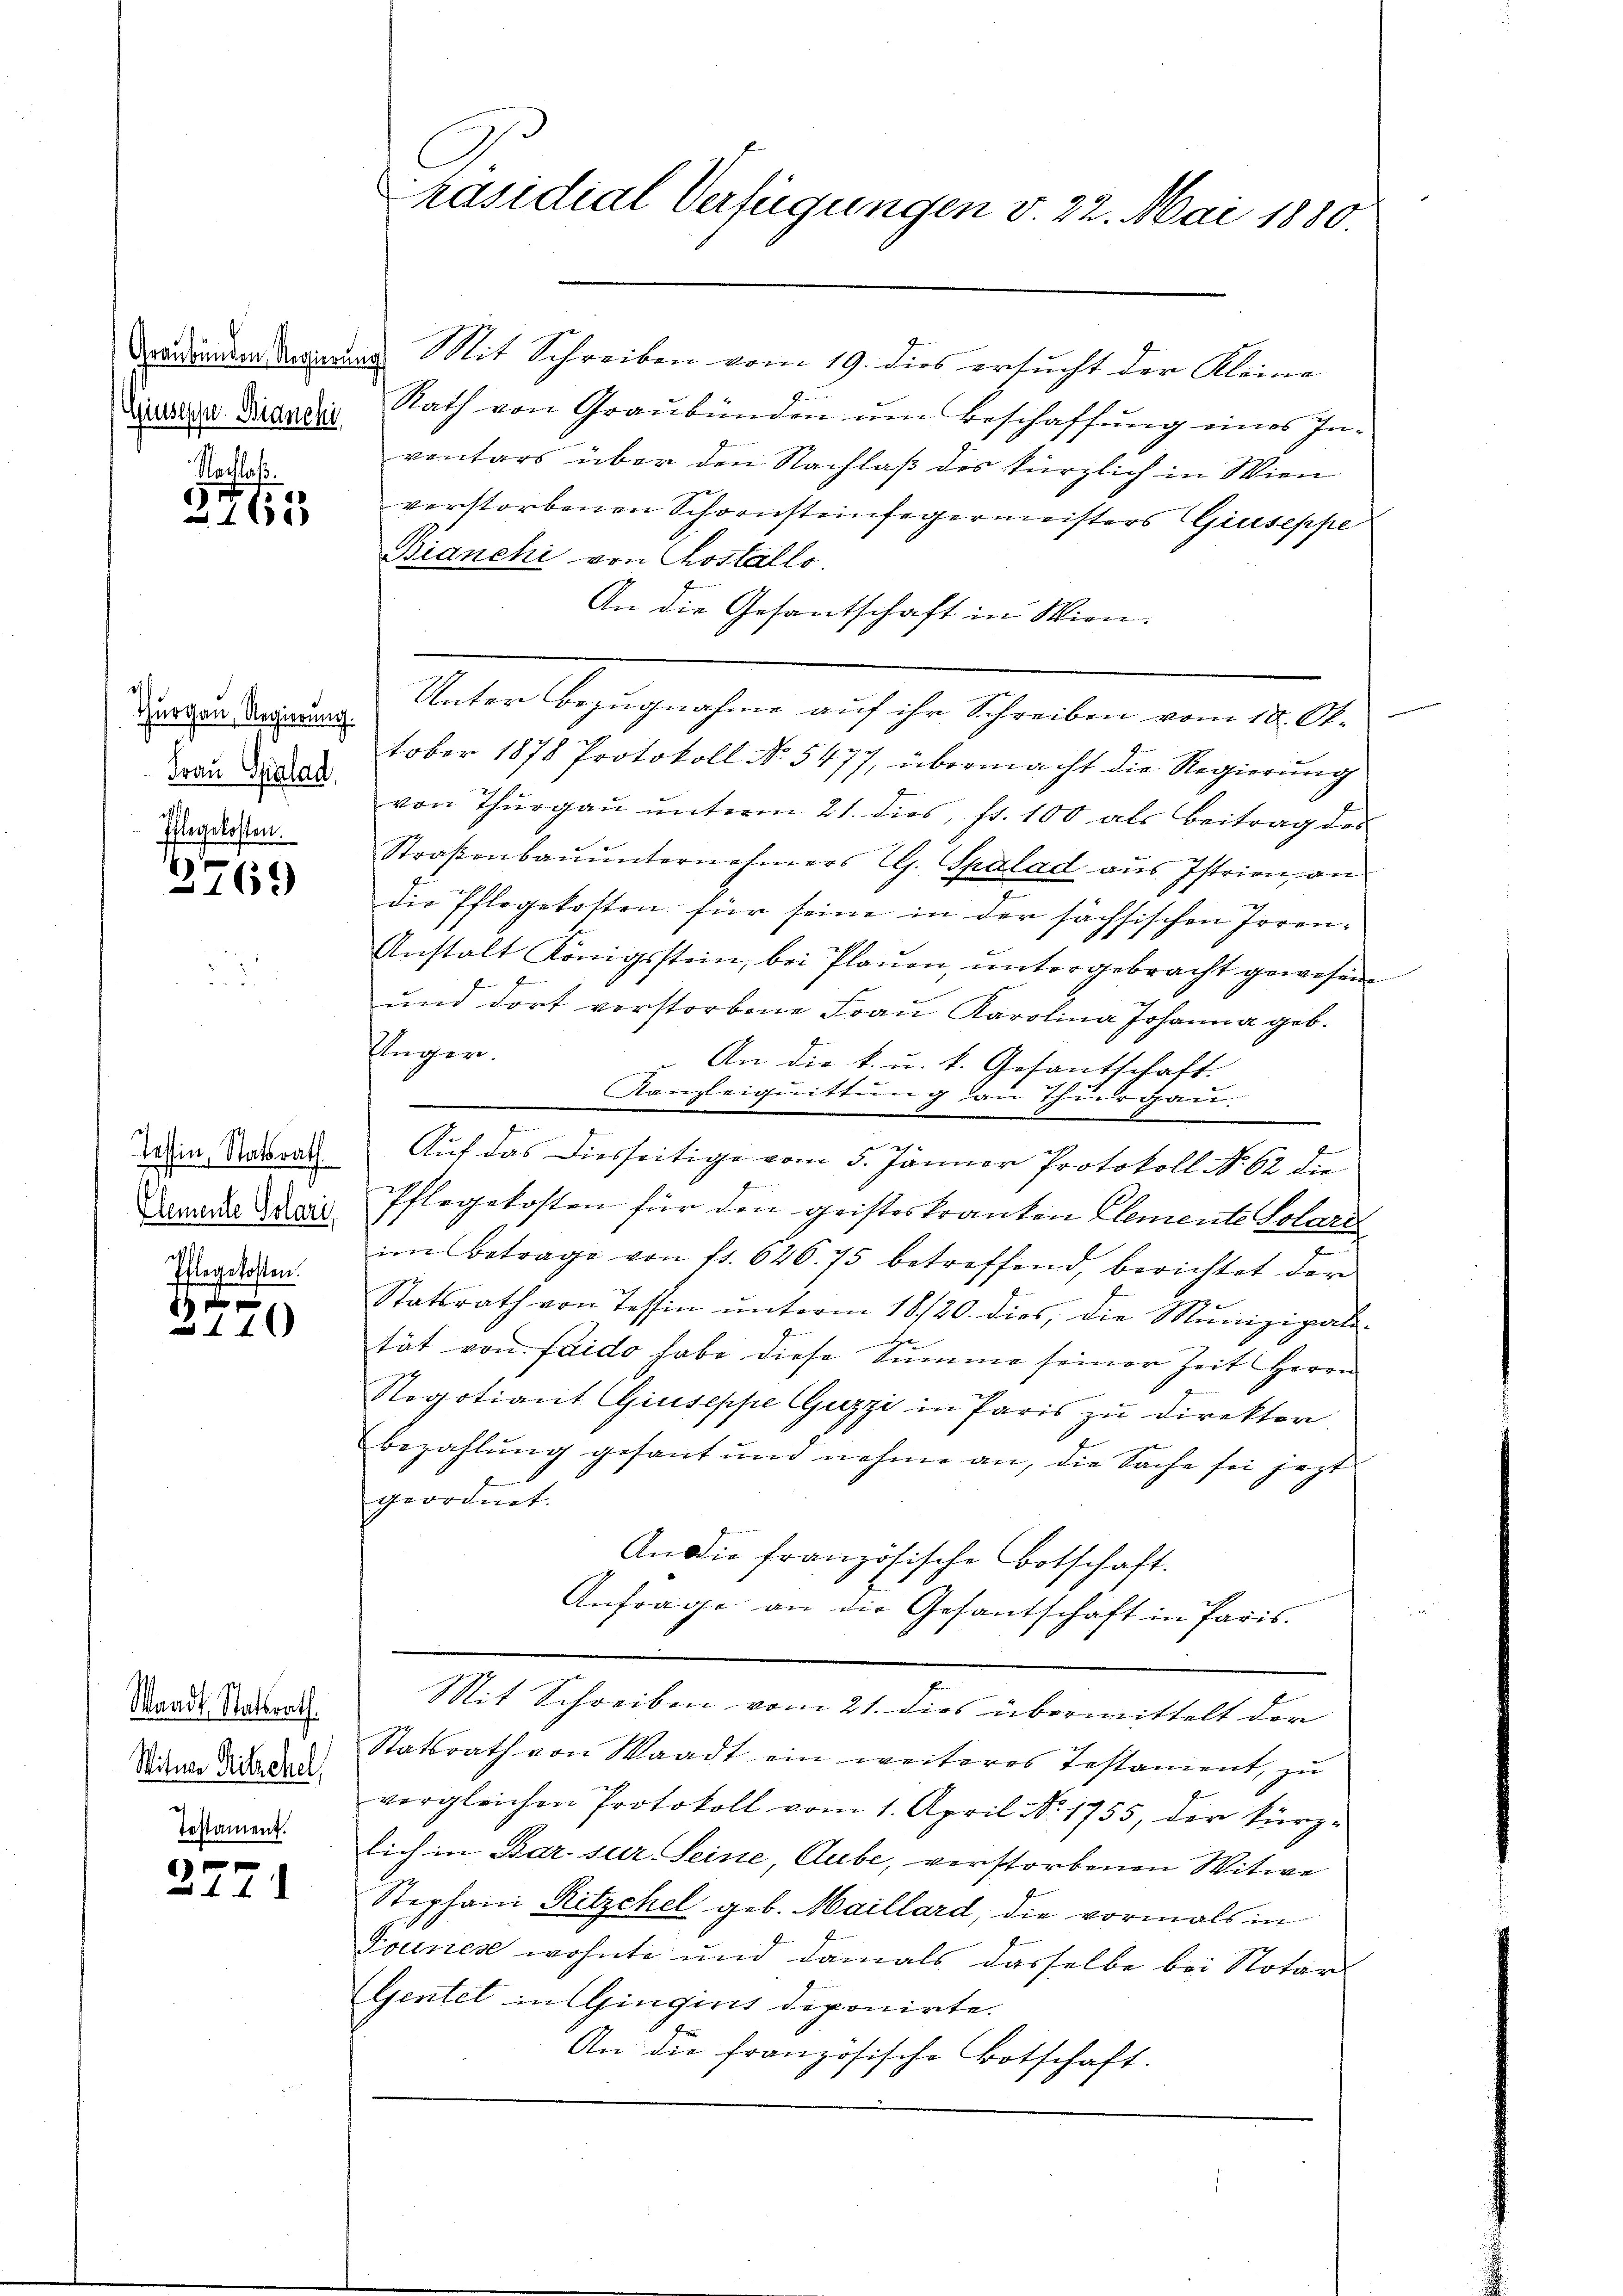
Graubünden Regierung

Nachlaß.
5
163

d
urgau, Regierung.
Frau Gialad
Pflegekosten.

3769

Tessin, Statsrath.
Elemente Solari
Ihlegekosten.

1 xx
14

Waadt, Statsrath.
Witner Hitzesel
Testament.

)
a 4

Mit Schreiben vom 19. dies ersucht der Kleine
 disen Rath von Graubünden um Beschaffung eines Inventars über den Nachlaß des kürzlich in Wien
verstorbenen Schornsteinfegermeisters Giuseppe
Bianchi von Kostalls
An die Gesantschaft in Wien.
Unter Bezugnahme auf ihr Schreiben vom 18. Ok-
tober 1878 Protokoll No. 5477, übermacht die Regierung
von Thŭrgaŭ ŭnterm 21. dies, fr. 100 als Beitrag des
Straßenbauunternehmers CG. Spalad aus Istrien, an
die Pflegekosten für seine in der sächsischen Toren¬
Anstalt Königsstein, bei Plauen, untergebracht gewesen
und dort verstorbene Frau Karolina Johanna geb.
klüger.
An die k. u. k. Gesantschaft.
Kanzleiquittung an Thurgau.
8
e

Auf das Diesseitige vom 5. Jänner Protokoll No 62 die
Pflegekosten für den gristeskranten Elemente Solari
im Betrage von fr. 626. 75 betreffend, berichtet der
Statsrath von Tessin ŭnterm 18/20. dies, die Munizipale-
tät von faido habe diese Summe seiner Zeit Herrn
Negotiant Giuseppe Guzzi in Paris zu Direktor
bezahlung gesant und nehme an, die Sache sei jezt
geordnet.
An die französische Botschaft.
Anfrage an die Gesantschaft in Paris.
Mit Schreiben vom 21. dies übermittelt der
Statsrath von Waadt ein weiteres Testament, zu
vergleichen Protokoll vom 1. April No. 1755, der kürzsich in Bar. sur Seine, Aube, verstorbenen Witwe
Stephani Kitzchel geb. Maillard, die vormals in
Tounes wohnte und damals dasselbe bei Notar
Gentel in Gingins deponirte.
An die französische Botschaft.

Präsidial-Verfügungen v. 22. Mai 1880.